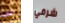
لن شرفي